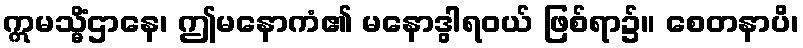
ဣမသ္မိံဌာနေ၊ ဤမနောကံ၏ မနောဒွါရဝယ် ဖြစ်ရာ၌။ စေတနာပိ၊